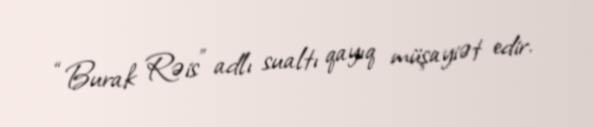
“Burak Rəis” adlı sualtı qayıq müşayiət edir.